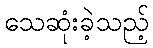
သေဆုံးခဲ့သည့်